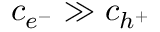
c _ { e ^ { - } } \gg c _ { h ^ { + } }